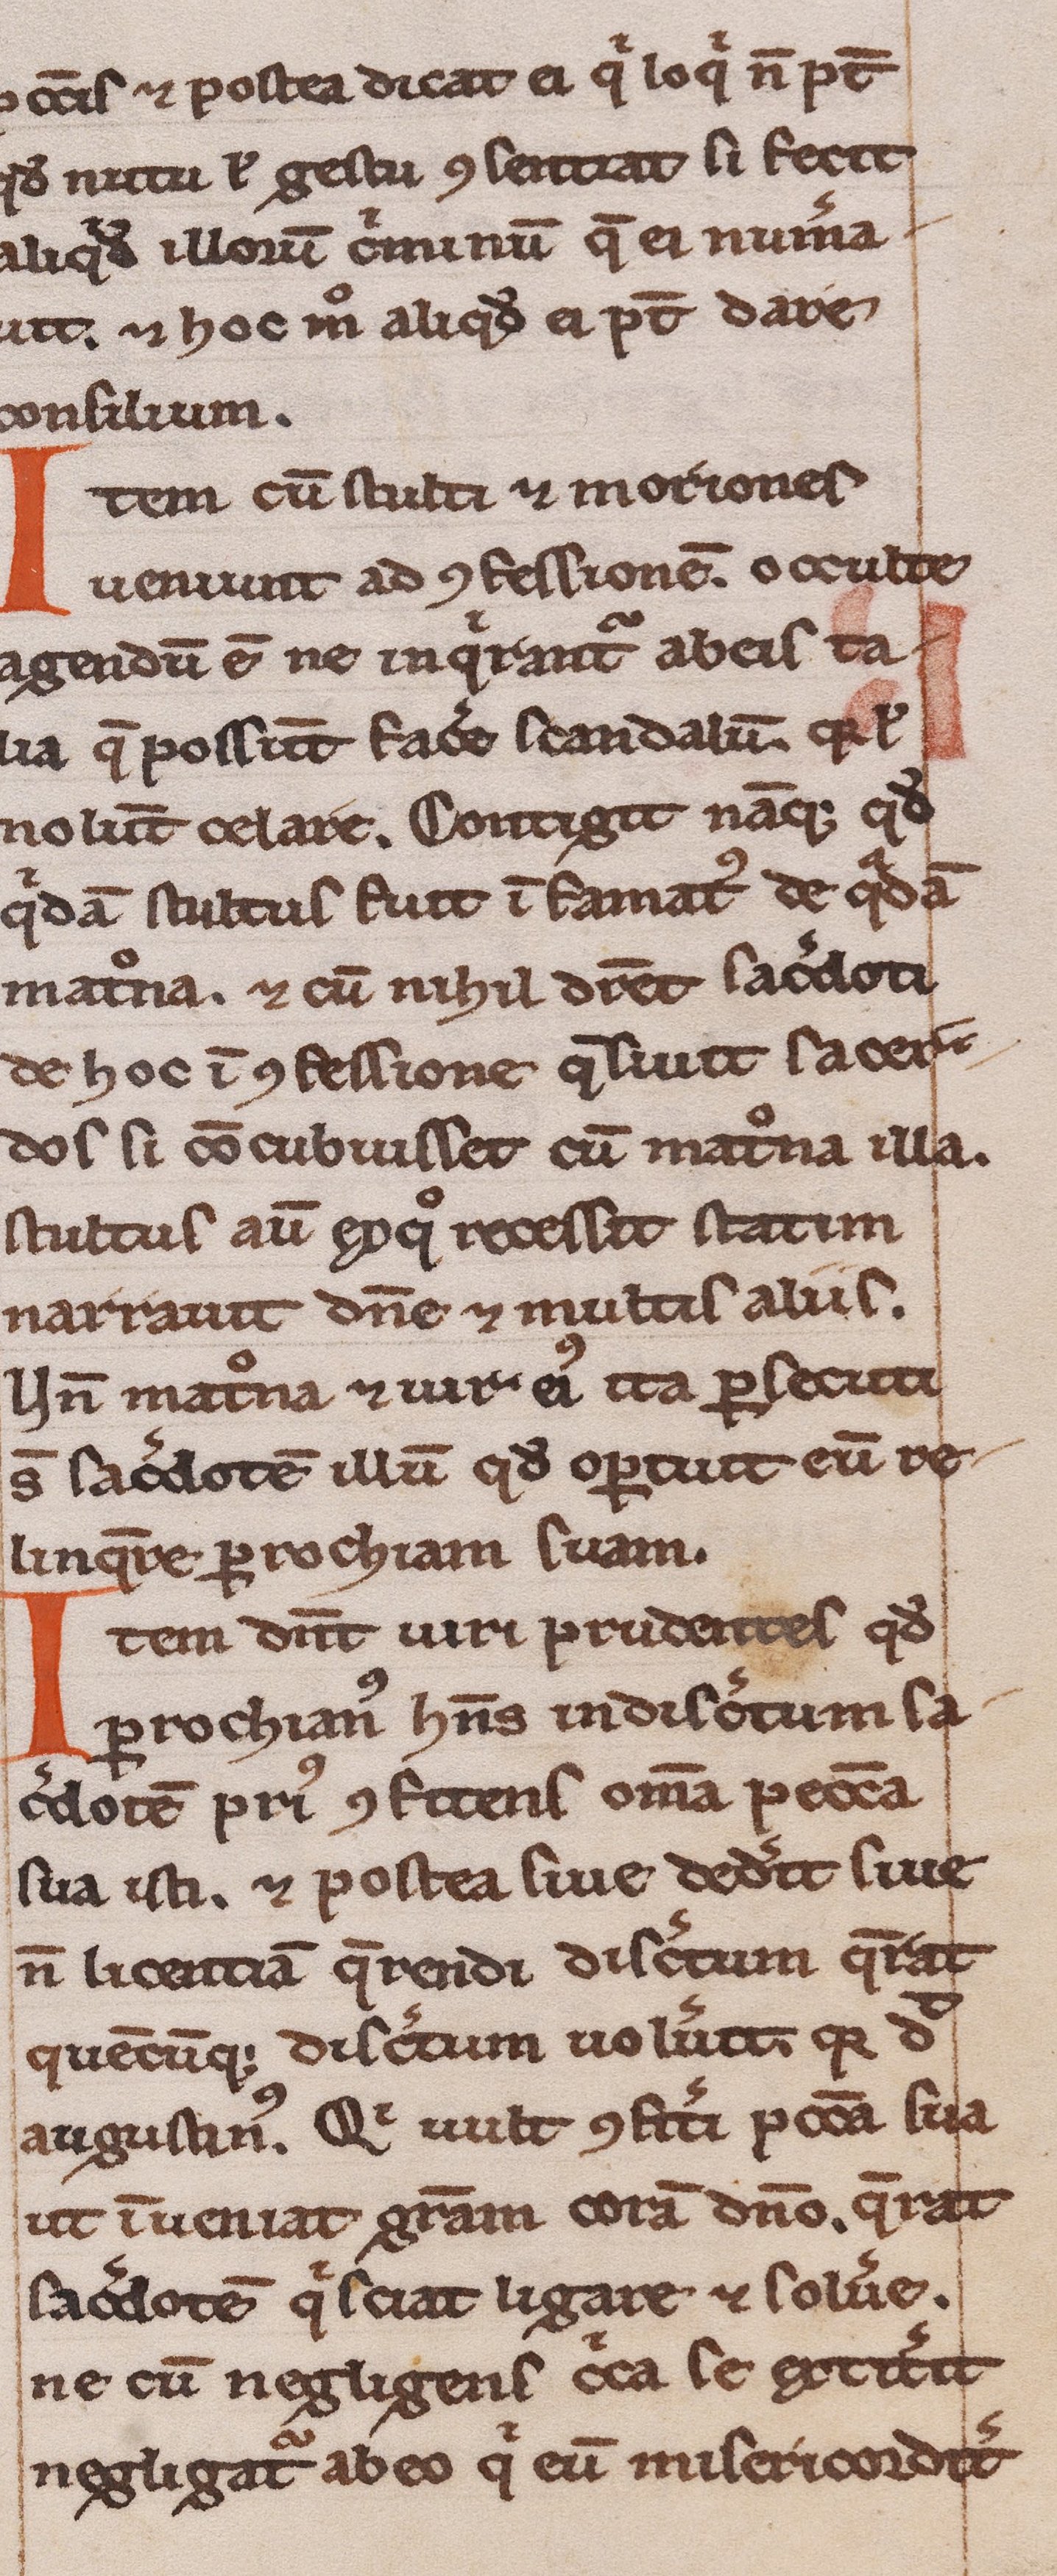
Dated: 1200–1249